Medical and sanitary report of the native army of Bengal for the year
Year: 1874
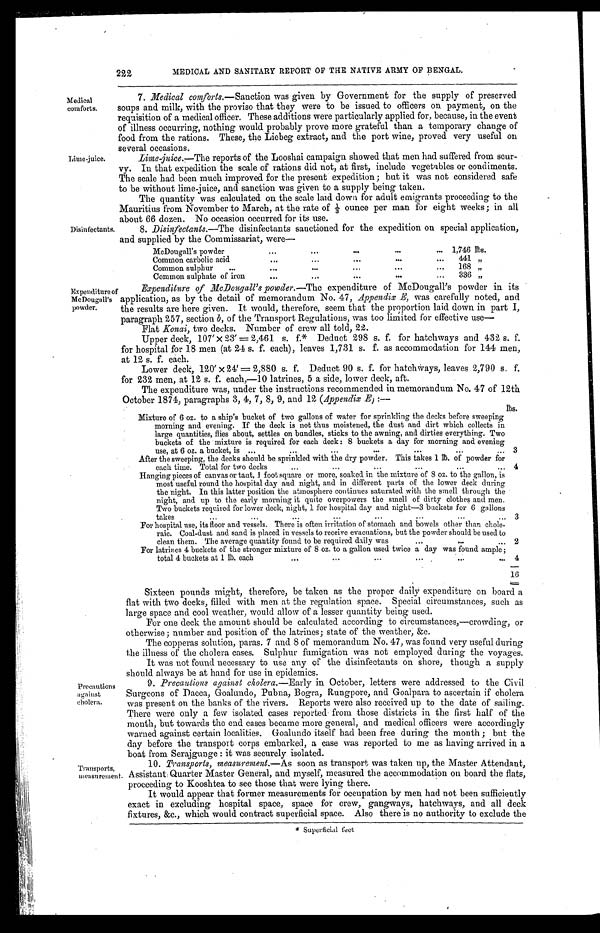
222 MEDICAL AND SANITARY REPORT OF THE NATIVE ARMY OF BENGAL.
7. Medical comforts,—Sanction was given by Government for the supply of preserved
soups and milk, with the proviso that they were to be issued to officers on payment, on the
requisition of a medical officer. These additions were particularly applied for, because, in the event
of illness occurring, nothing would probably prove more grateful than a temporary change of
food from the rations, These, the Liebeg extract, and the port wine, proved very useful on
several occasions.
Lime-juice. Lime juice. ——T h e
reports of the Looshai campaign showed that men had suffered from scu
- v y . I n t h a t e x p e d i t i o n t h e s c a l e o f r a t i o n s d i d n o t , a t f i r s t , i n c l u d e v e g e t a b l e s o r c o n d i m e n t s .
The scale had been much improved for the present expedition; but it was not considered safe
to be without lime juice, and sanction was given to a supply being taken.
The quantity was calculated on the scale laid down for adult emigrants proceeding to the
Mauritius from November to March, at the rate of 1/3 o u n c e p e r m a n f o r e i g h t w e e k s ; i n a l l
about 66 dozen. No occasion occurred for its use.
Disinfectants.8. Disinfectants.—The disinfectants sanctioned for the expedition on special application,
and supplied by the Commissariat, were——
McDougall' s powder
1 , 7 4 6 t h s .
Common carbolic acid
441 „
Common sulphur.........
'"
168 „
Common sulphate of iron.......... 336 „
Expenditure of Expenditure of MC Dougall's powder—— The expenditure or MC Dougall's powder in its
McDougall's application, as by the detail of memorandum No. 47, Appendix E, was carefully noted, and
powder.the results are here given. It would, therefore, seem that the proportion laid down in part I,
paragraph 257, section b, of the Transport Regulations, was too limited for effective use——
Flat Konai, two decks. Number of crew all told, 22.
Upper deck, 107' x 2,461 s. f.* Deduct 298 s. f. for hatchways and 432 s. f.
for hospital for 18 men (at 24 s. f. each), leaves 1,731 s. f. as accommodation for 144 men,
at 12 s. f. each.
Lower deck, 120' x 24' =2,880 s. f. Deduct 90 s. f. for hatchways, leaves 2,790 s. f.
for 232 men, at 12 s. f. each,-10 latrines, 5 a side, lower deck, aft.
The expenditure was, under the instructions recommended in memorandum No. 47 of 12th
Oct ober 1874, Paragraphs 3. 4. 7. 8. 9_ and 12 (Appendi x E) : —
Mixture of 6 oz. to a ship' s bucket of two gallons of water for sprinkling the decks before sweeping
morning and evening.If the deck is not thus moistened, the dust and dirt which collects in
large quantities, flies about, settles on bundles, sticks to the awning, and dirties everything. Two
buckets of the mixture is required for each deck:8 buckets a day for morning and evening
use, at 6 oz. a bucket, is
Its.
3
After the sweeping, the decks should be sprinkled with the dry powder.This takes 1 thof powder for
each time. Total for two decks
4
Hanging pieces of canvas or taut, 1 lb foot square or more, soaked. in the mixture of 8 oz. to the gallon, is
most useful round the hospital day and night, and in different parts of the lower deck during
the night.In this latter position the atmosphere continues saturated with the smell through the
night, and up to the early morning it quite overpowers the smell of dirty clothes and men.
Two buckets required for lower deck, night, 1 for hospital day and night—3 buckets for 6 gallons
takes
-
3
For hospital use, its floor and vessels.There is often irritation of stomach and bowels other than chole-
raic.Coal-dust and sand is placed in vessels to receive evacuations, but the powder should be used to
clean them.The average quantity found to be required daily was
2
For latrines 4 buckets of the stronger mixture of 8 oz. to a gallon used twice a day was found ample ;
. .
total 4 buckets at 1 lb, each
4
16
Sixteen pounds might, therefore, be taken as the proper daily expenditure on board a
flat with two decks, filled with men at the regulation space. Special circumstances, such as
large space and cool weather, would allow of a lesser quantity being used.
For one deck the amount should be calculated according to circumstances,—crowding, or
otherwise; number and position of the latrines; state of the weather; &c.
The copperas solution, paras. 7 and 8 of memorandum No. 47, was found very useful during
the illness of the cholera cases. Sulphur fumigation was not employed during the voyages.
It was not found necessary to use any of the disinfectants on shore, though a supply
should always be at hand for use in epidemics.
Precautions against cholera
9.Precautions against Cholera—Early in October,letters were addressed to the Civil.
against Surgeons of Dacca, Goalundo, Pubna, Bogra, Rungpore, and Goalpara to ascertain if cholera
was present on the banks of the rivers. Reports were also received up to the date of sailing.
There were only a few isolated cases reported from those districts in the first half of the
month, but towards the end cases became more general, and medical officers were accordingly
warned against certain localities. Goalundo itself had been free during the month; but the
day before the transport corps embarked, a case was reported to me as having arrived in a
boat from Serajgunge: it was securely isolated.
Transports, 10. Transports, measurement.—As soon as transport was taken up, the Master Attendant,
T measurement. Assistant Quarter Master General, and myself, measured the accommodation on board the flats,
proceeding to Kooshtea to see those that were lying there.
It would appear that former measurements for occupation by men had not been sufficiently
exact in excluding hospital space, space for crew, gangways, hatchways, and all deck
fixtures, &c., which would contract superficial space. Also there is no authority to exclude the
Medical comforts.
* Superficial feet